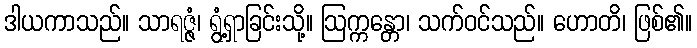
ဒါယကာသည်။ သာရဇ္ဇံ၊ ရွံ့ရှာခြင်းသို့။ ဩက္ကန္တော၊ သက်ဝင်သည်။ ဟောတိ၊ ဖြစ်၏။